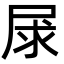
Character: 㞗